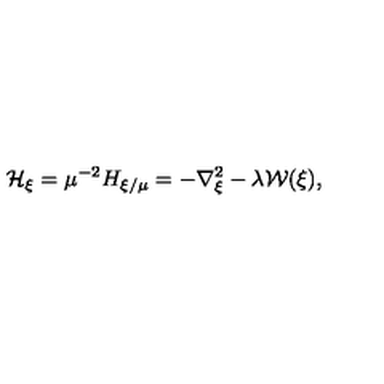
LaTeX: { \mathcal H } _ { { \mathrm { \boldmath \scriptstyle { \xi } } } } = \mu ^ { - 2 } H _ { \mathrm { \boldmath \scriptstyle { \xi } } / \mu } = - \nabla _ { \mathrm { \boldmath \scriptstyle { \xi } } } ^ { 2 } - \lambda { \mathcal W } ( \mathrm { \boldmath \xi } ) ,